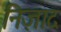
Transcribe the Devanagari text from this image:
निज़ाद